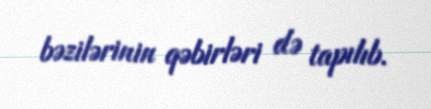
bəzilərinin qəbirləri də tapılıb.